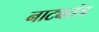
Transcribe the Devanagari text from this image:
नाट्यतंत्र